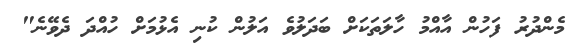
މެންދުރު ފަހުން އާއްމު ހާލަތަކަށް ބަދަލުވެ އަލުން ކުނި އެޅުމަށް ހުއްދަ ދެވޭނެ"